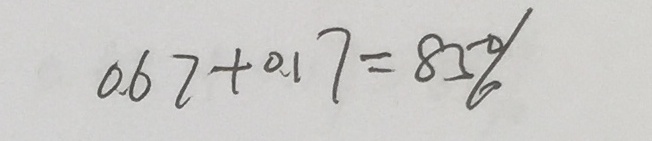
0 . 6 7 + 0 . 1 7 = 8 5 \%